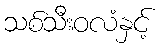
သစ်သီးဝလံနှင့်